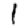
Digit: 1